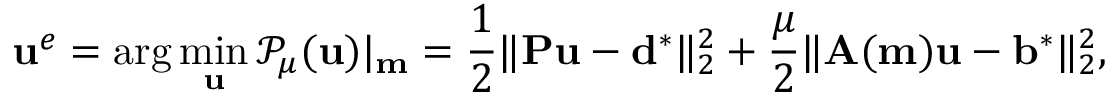
\mathbf { u } ^ { e } = \mathrm { a r g } \operatorname* { m i n } _ { \mathbf { u } } \mathcal { P } _ { \mu } ( \mathbf { u } ) | _ { \mathbf { m } } = \frac { 1 } { 2 } \| \mathbf { P } \mathbf { u } - \mathbf { d } ^ { * } \| _ { 2 } ^ { 2 } + \frac { \mu } { 2 } \| \mathbf { A } ( \mathbf { m } ) \mathbf { u } - \mathbf { b } ^ { * } \| _ { 2 } ^ { 2 } ,